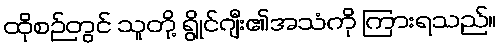
ထိုစဉ်တွင် သူတို့ ရွိုင်ဂျီး၏အသံကို ကြားရသည်။